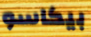
بيكاسو